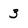
Character: 3